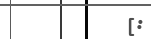
[: